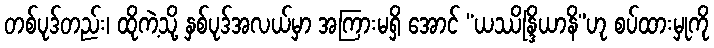
တစ်ပုဒ်တည်း၊ ထိုကဲ့သို့ နှစ်ပုဒ်အလယ်မှာ အကြားမရှိ အောင် “ယဿိန္ဒြိယာနိ”ဟု စပ်ထားမှုကို